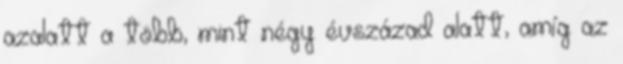
azalatt a több, mint négy évszázad alatt, amíg az